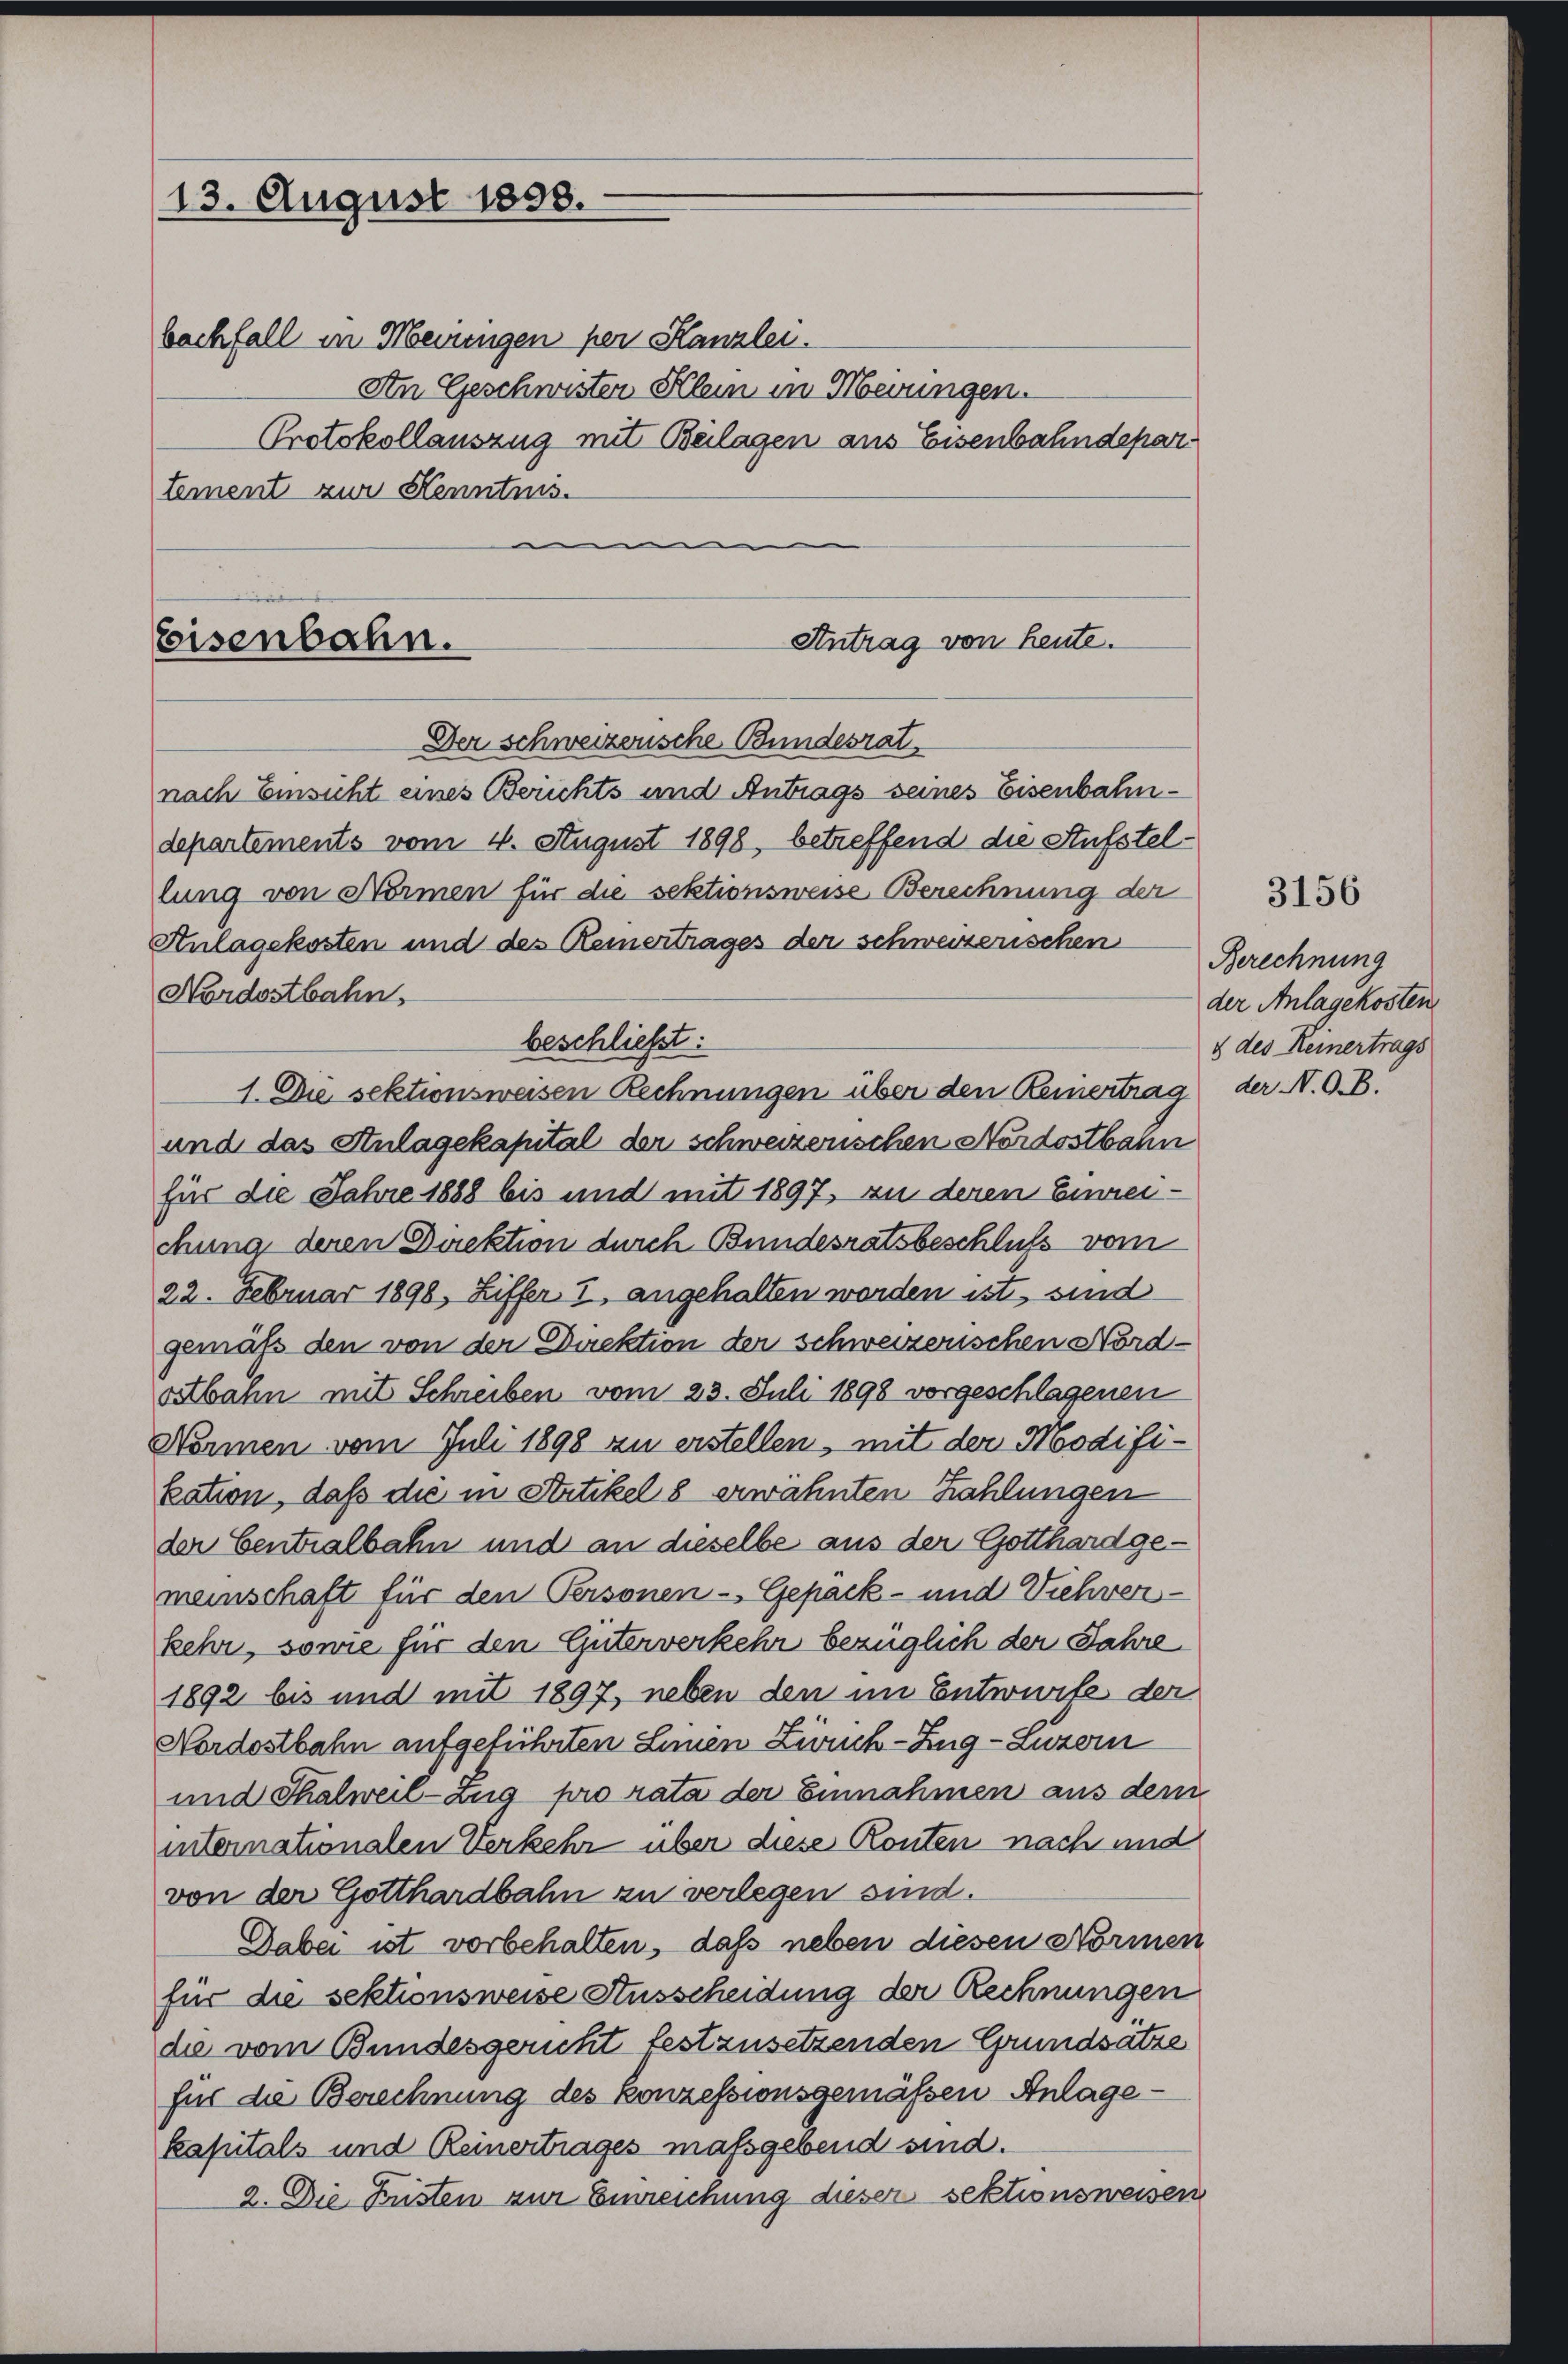
13. August 1858.
bachfall in Meinungen per Kanzlei.
tement zur Kenntnis.
e

Antrag von Reute.
Eisenbahn.
Der schweizerische Bundesrat
nach Einsicht eines Berichts und Antrags seines Eisenbahn¬

An Geschwister Allein in Merungen.
Protokollauszug mit Beilagen aus Eisenbahndepar¬

departements vom 4. August 1898, betreffend die Stufstellung von Normen für die sektionsweise Berechnung der
Anlagekosten und des Remertrages der schweizerischen
Nordostbahn
beschließt:
1. Die sektionsweisen Rechnungen über den Reinertrag der N.O.B.
und das Stulagekapital der schweizerischen Nordostbahn
für die Jahre 1888 bis und mit 1897, zu deren Einreichung deren Direktion durch Bundesratsbeschluß vom
22. Februar 1898, Ziffer I angehalten worden ist, sind
gemäß den von der Direktion der schweizerischen Nord-
atbahn mit Schreiben vom 23. Juli 1898 vorgeschlagenen
Nonnen vom Juli 1898 zu erstellen, mit der Modifikation, daß die in Statikel 8 erwähnten Zahlungen
der Centralbahn und an dieselbe aus der Gotthard gemeinschaft für den Personen-Gepack- und Viehver
kehr, sowie für den Güterverkehr bezüglich der Jahre
1892 bis und mit 1897, neben den im Entwurfe der
Nordostbahn aufgeführten Linien Zürich–Zug–Luzern
und Thalweil-Zug pro rata der Einnahmen aus dem
internationalen Verkehr über diese Konten nach und
von der Gotthardbahn zu verlegen sind.
Dabei ist vorbehalten, daß neben diesen Normen
für die sektionsweise Ausscheidung der Rechnungen
die vom Bundesgericht festzusetzenden Grundsätze
für die Berechnung des konzessionsgemäßen Anlagekapitals und Reinertrages maßgebend sind.
2. Die Füsten zur Einreichung dieser sektionsweisen

3156

Berechnung
der Anlagekosten
§ des Reinertrags